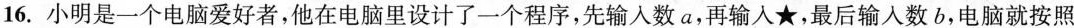
16.小明是一个电脑爱好者，他在电脑里设计了一个程序，先输人数a，再输人★，最后输人数b，电脑就按照